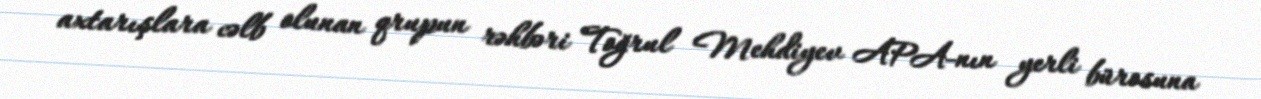
axtarışlara cəlb olunan qrupun rəhbəri Toğrul Mehdiyev APA-nın yerli bürosuna